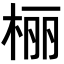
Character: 𪲔